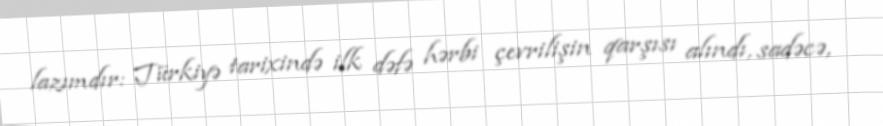
lazımdır: Türkiyə tarixində ilk dəfə hərbi çevrilişin qarşısı alındı, sadəcə,